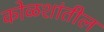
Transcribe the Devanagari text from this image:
कोळशांतील